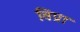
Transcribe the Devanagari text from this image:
विप्राः